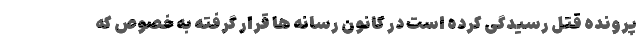
پرونده قتل رسیدگی کرده است در کانون رسانه ها قرار گرفته به خصوص که